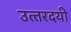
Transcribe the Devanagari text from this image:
उत्‍तरदयी